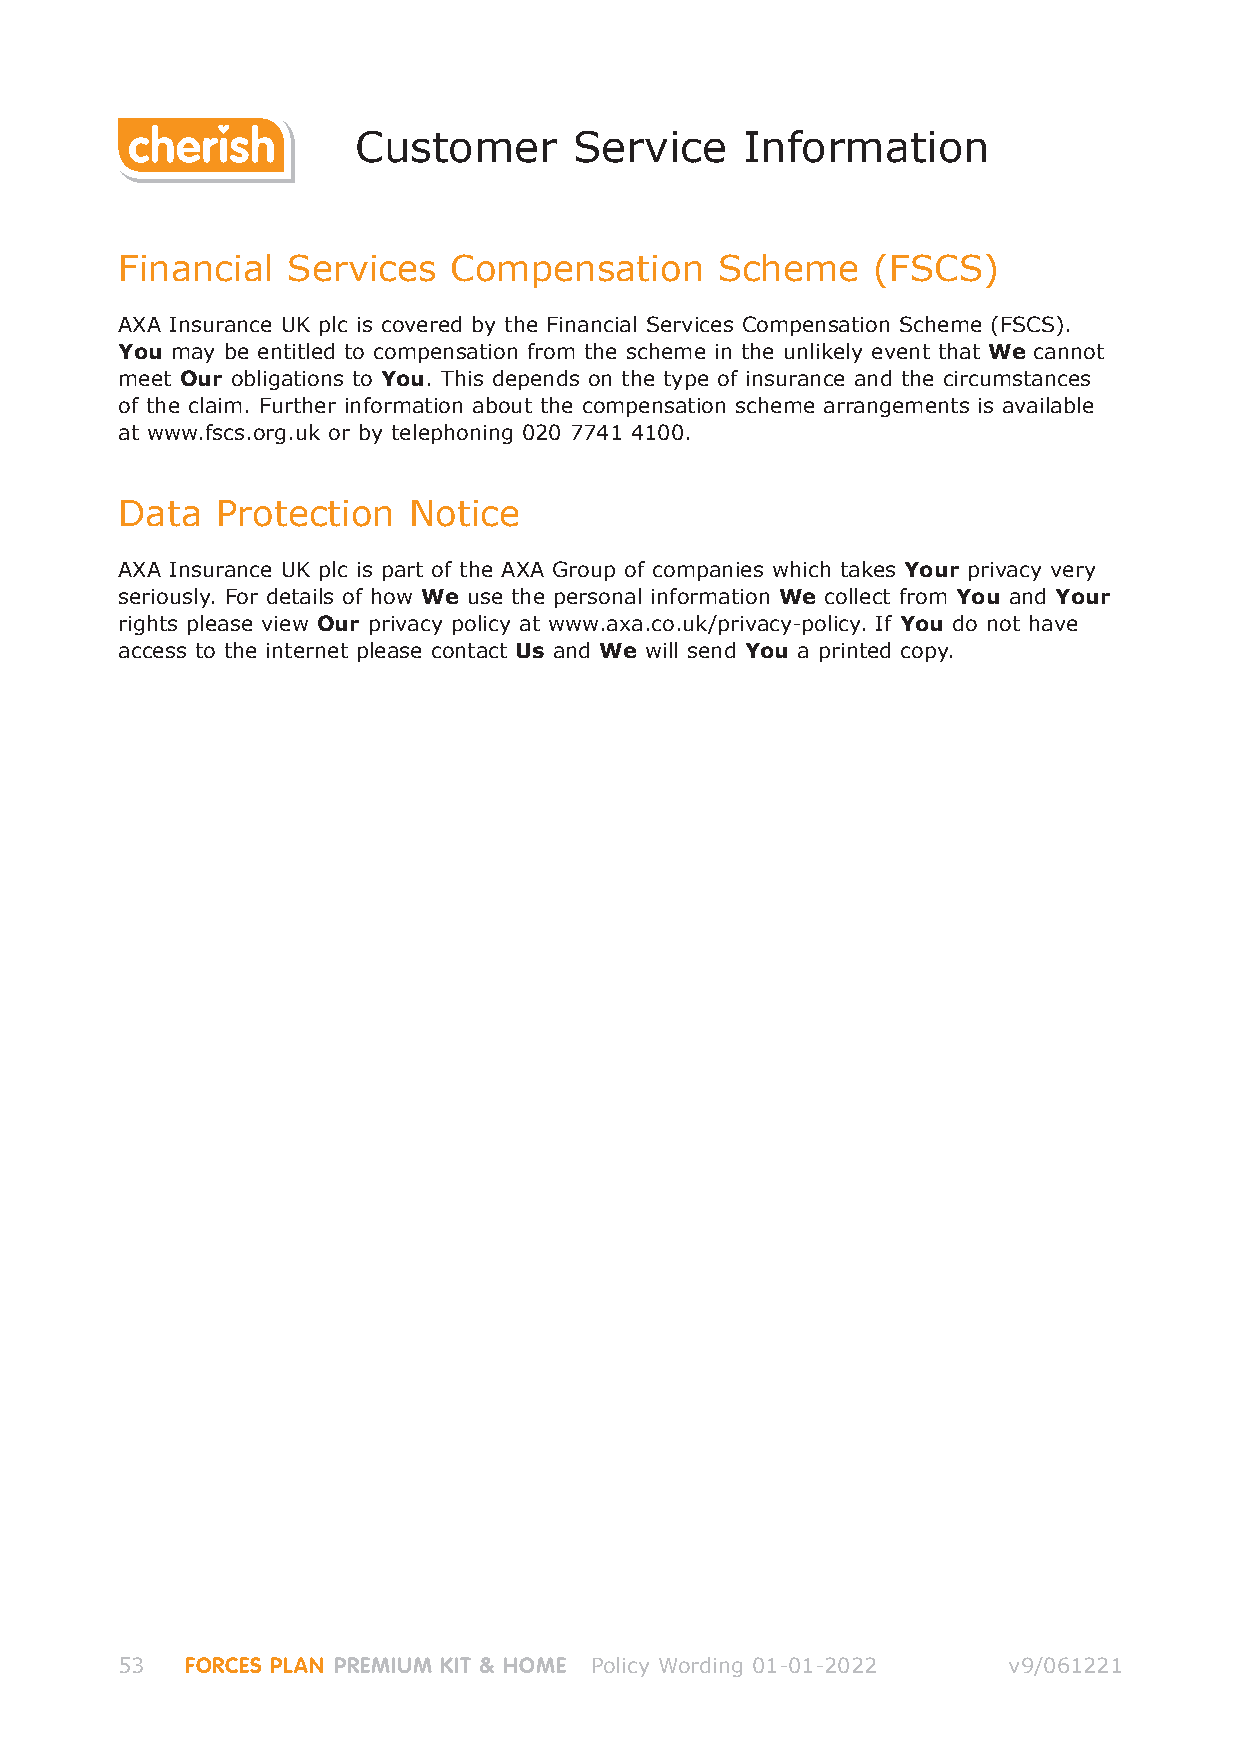
Customer       Service    Information
 Financial  Services   Compensation     Scheme     (FSCS)
 AXA Insurance UK plc is covered by the Financial Services Compensation Scheme (FSCS).
 You may be entitled to compensation from the scheme in the unlikely event that We cannot
 meet Our obligations to You. This depends on the type of insurance and the circumstances
 of the claim. Further information about the compensation scheme arrangements is available
 at www.fscs.org.uk or by telephoning 020 7741 4100.
 Data  Protection   Notice
 AXA Insurance UK plc is part of the AXA Group of companies which takes Your privacy very
 seriously. For details of how We use the personal information We collect from You and Your
 rights please view Our privacy policy at www.axa.co.uk/privacy-policy. If You do not have
 access to the internet please contact Us and We will send You a printed copy.
 53  FORCES PLAN PREMIUM KIT & HOME Policy Wording 01-01-2022 v9/061221